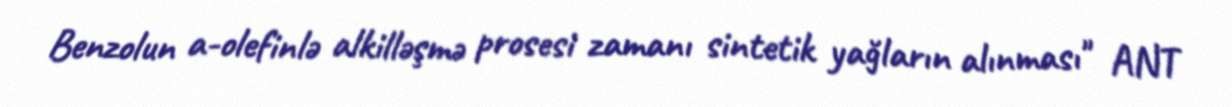
Benzolun a-olefinlə alkilləşmə prosesi zamanı sintetik yağların alınması" ANT